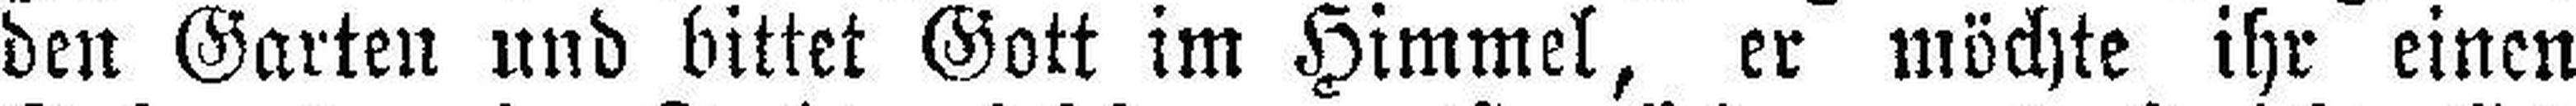
den Garten und bittet Gott im Himmel, er möchte ihr einen